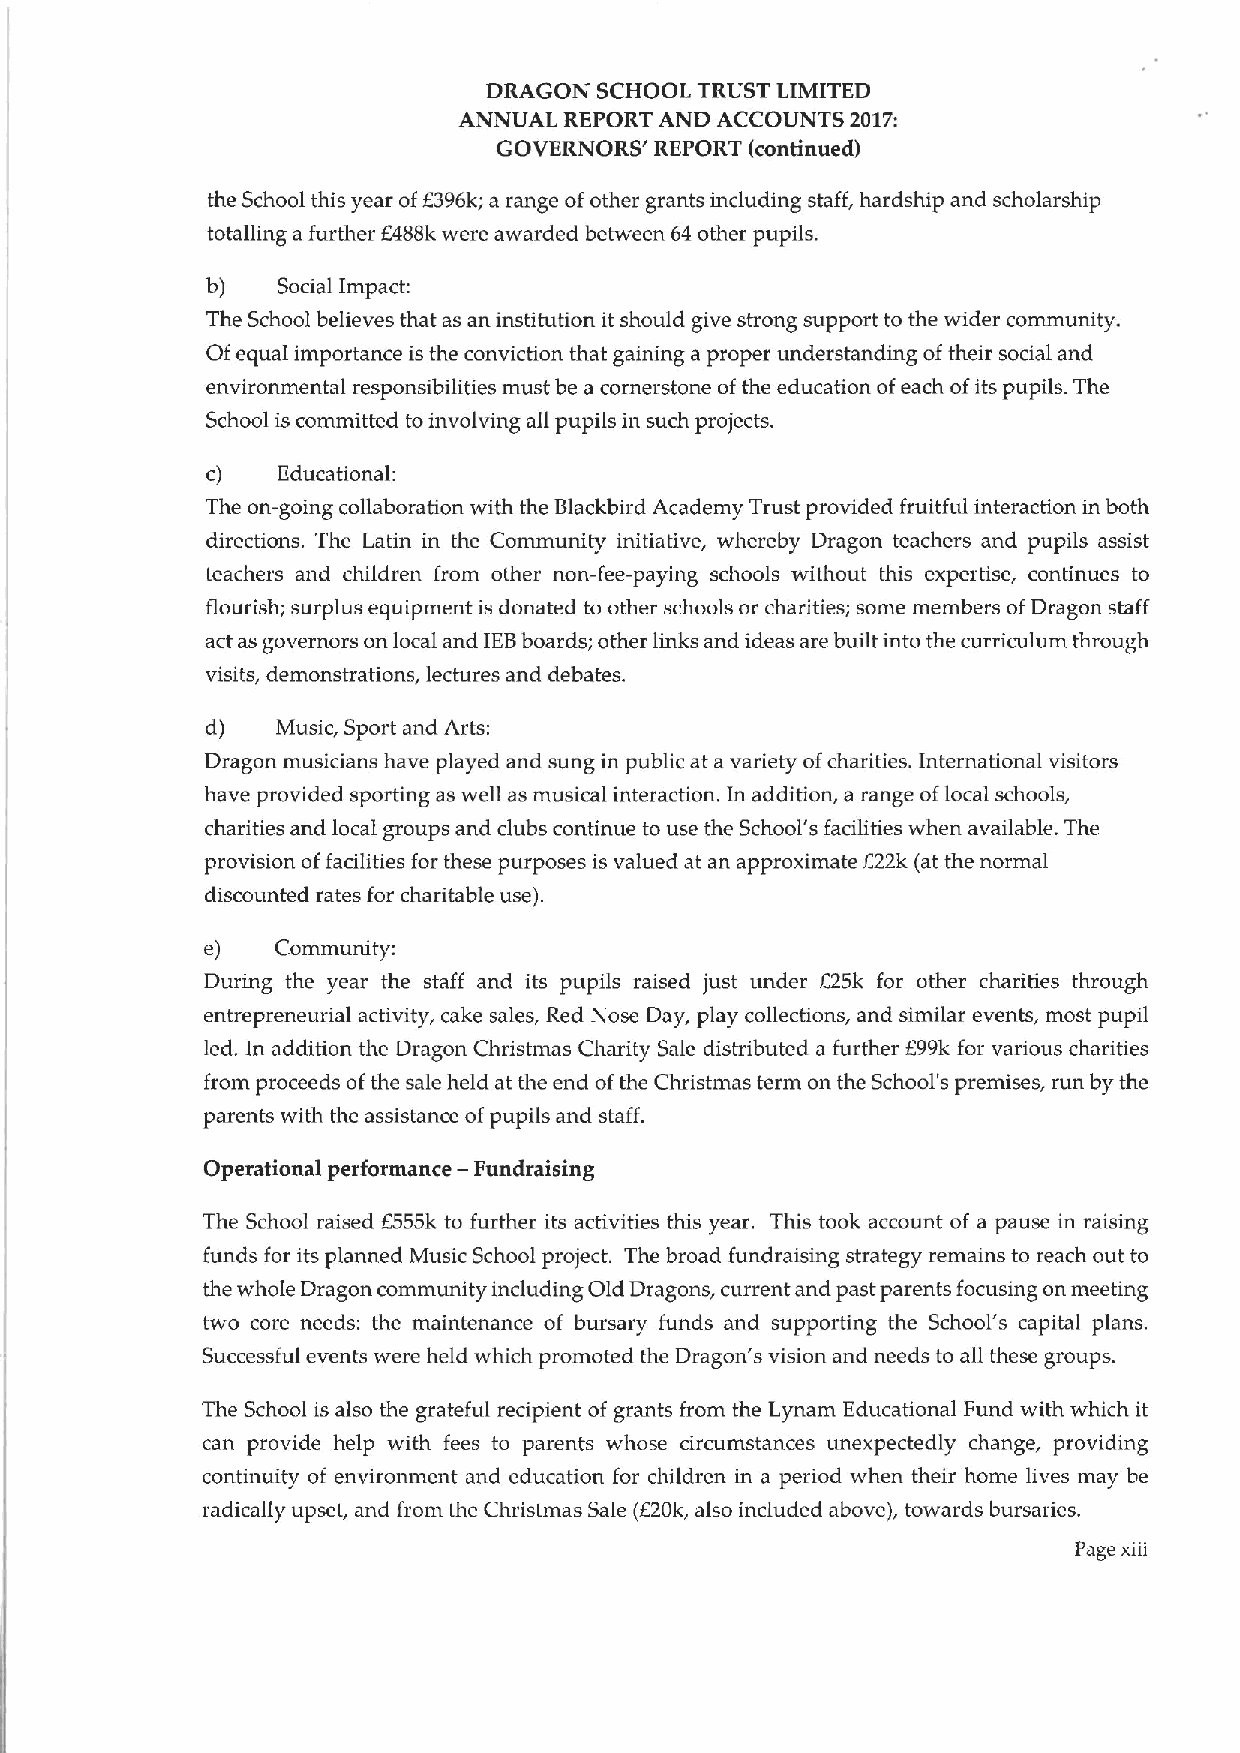
DRAGON  SCHOOL TRUST LIMITED
 ANNUAL REPORT AND ACCOUNTS 2017:
 GOVERNORS' REPORT (continued)
 the School this year ofE396k; a range ofother grants including staff, hardship and scholarship
 totalling a further E488k were awarded between 64 other pupils.
 b)  Social Impact:
 The School believes that as an institution it should give strong support to the wider community.
 Of equal importance is the conviction that gaining a proper understanding oftheir social and
 environmental responsibilities must be a cornerstone ofthe education ofeach ofits pupils. The
 School is committed toinvolving all pupils in such projects.
 c)  Educational:
 The on-going collaboration with the Blackbird Academy Trust provided fruitful interaction in both
 directions. The Latin in the Community initiative, whereby Dragon teachers and pupils assist
 teachers and children from other non-fee-paying schools without this expertise, continues to
 flourish; surplus equipment is donated to other schools or charities; some members ofDragon staff
 act as governors on local and IEBboards; other links and ideas are built into the curriculum through
 visits, demonstrations, lectures and debates.
 d)  Music, Sport and Arts:
 Dragon musicians have played and sung in public at a variety ofcharities. International visitors
 have provided sporting as well as musical interaction. In addition, a range oflocal schools,
 charities and local groups and clubs continue to use the School's facilities when available. The
 provision offacilities for these purposes is valued at an approximate f22k (at the normal
 discounted rates for charitable use).
 e)  Community:
 During the year the staff and its pupils raised just under 625k for other charities through
 entrepreneurial activity, cake sales, Red Nose Day, play collections, and similar events, most pupil
 led. In addition the Dragon Christmas Charity Sale distributed a further 699k for various charities
 from proceeds ofthe sale held at the end ofthe Christmas term on the School's premises, run by the
 parents with the assistance ofpupils and staff.
 Operational performance —Fundraising
 The School raised 6555k to further its activities this year. This took account of a pause in raising
 funds for its planned Music School project. The broad fundraising strategy remains to reach out to
 the whole Dragon community including Old Dragons, current and past parents focusing on meeting
 two core needs: the maintenance of bursary funds and supporting the School's capital plans.
 Successful events were held which promoted the Dragon's vision and needs to all these groups.
 The School is also the grateful recipient of grants from the Lynam Educational Fund with which it
 can provide help with fees to parents whose circumstances unexpectedly change, providing
 continuity of environment and education for children in a period when their home lives may be
 radically upset, and from the Christmas Sale (520k, also included above), towards bursaries.
 Page xiii